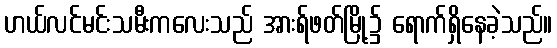
ဟယ်လင်မင်းသမီးကလေးသည် အားရ်ဖတ်မြို့၌ ရောက်ရှိနေခဲ့သည်။